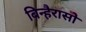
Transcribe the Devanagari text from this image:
बिन्हैरासो